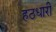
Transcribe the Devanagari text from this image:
हठधारी